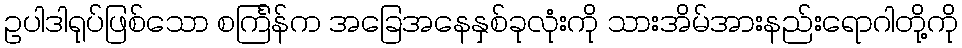
ဥပါဒါရုပ်ဖြစ်သော စင်္ကြန်က အခြေအနေနှစ်ခုလုံးကို သားအိမ်အားနည်းရောဂါတို့ကို